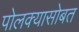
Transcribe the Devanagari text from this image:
पोलक्यासोबत